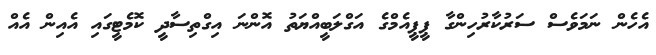
އެހެން ނަމަވެސް ސަރުކާރުހިންގާ ޕީޕީއެމްގެ އަގްލަބީއްޔަތު އޮންނަ އިގްތިސާދީ ކޮމެޓީގައި އެއިން އެއް